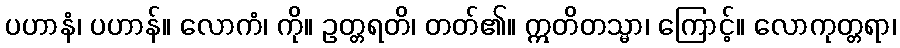
ပဟာနံ၊ ပဟာန်။ လောကံ၊ ကို။ ဥတ္တရတိ၊ တတ်၏။ ဣတိတသ္မာ၊ ကြောင့်။ လောကုတ္တရာ၊